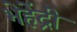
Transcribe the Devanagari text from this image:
भेहेंद्री